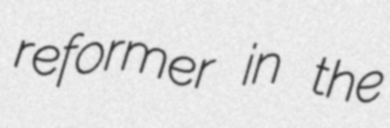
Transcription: reformer in the